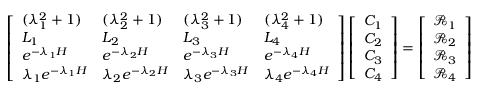
\left[ \begin{array} { l l l l } { ( \lambda _ { 1 } ^ { 2 } + 1 ) } & { ( \lambda _ { 2 } ^ { 2 } + 1 ) } & { ( \lambda _ { 3 } ^ { 2 } + 1 ) } & { ( \lambda _ { 4 } ^ { 2 } + 1 ) } \\ { L _ { 1 } } & { L _ { 2 } } & { L _ { 3 } } & { L _ { 4 } } \\ { e ^ { - \lambda _ { 1 } H } } & { e ^ { - \lambda _ { 2 } H } } & { e ^ { - \lambda _ { 3 } H } } & { e ^ { - \lambda _ { 4 } H } } \\ { \lambda _ { 1 } e ^ { - \lambda _ { 1 } H } } & { \lambda _ { 2 } e ^ { - \lambda _ { 2 } H } } & { \lambda _ { 3 } e ^ { - \lambda _ { 3 } H } } & { \lambda _ { 4 } e ^ { - \lambda _ { 4 } H } } \end{array} \right] \left[ \begin{array} { l } { C _ { 1 } } \\ { C _ { 2 } } \\ { C _ { 3 } } \\ { C _ { 4 } } \end{array} \right] = \left[ \begin{array} { l } { \mathscr { R } _ { 1 } } \\ { \mathscr { R } _ { 2 } } \\ { \mathscr { R } _ { 3 } } \\ { \mathscr { R } _ { 4 } } \end{array} \right]